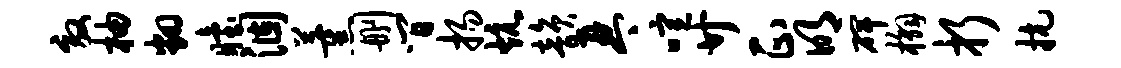
效柚翻眙涸薰删间扬炕韵琴喧廿正明碑槲折抗